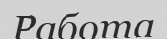
Работа